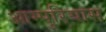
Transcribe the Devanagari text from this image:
आम्पुरियास